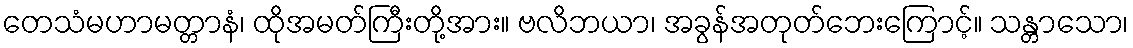
တေသံမဟာမတ္တာနံ၊ ထိုအမတ်ကြီးတို့အား။ ဗလိဘယာ၊ အခွန်အတုတ်ဘေးကြောင့်။ သန္တာသော၊